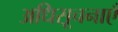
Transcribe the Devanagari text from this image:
अधिसूचनाएँ